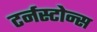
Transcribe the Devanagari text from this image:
टर्नस्टोन्स